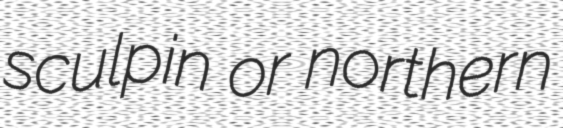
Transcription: sculpin or northern